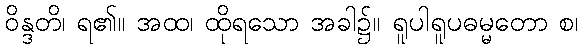
ဝိန္ဒတိ၊ ရ၏။ အထ၊ ထိုရသော အခါ၌။ ရူပါရူပဓမ္မတော စ၊